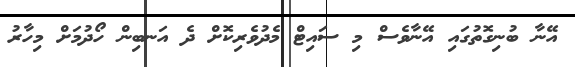
އޭނާ ބުނިގޮތުގައި އޭނާވެސް މި ސައިޓް މެދުވެރިކޮށް ދެ އަނބިން ހޯދުމަށް މިހާރު